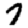
Digit: 7